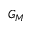
G _ { M }